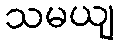
သမယျ